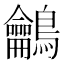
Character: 鸙